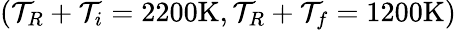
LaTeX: (\mathcal{T}_{R}+\mathcal{T}_{i}=2200\mathrm{{K}},\mathcal{T}_{R}+\mathcal{T}_{f}=1200\mathrm{{K}})